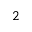
2